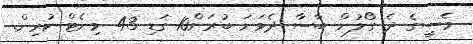
މެސީގެ ދެ ގޯލުން ބާސާ ދެވަނަ ބުރަށް10 ގަޑި 43 މިނެޓް ކުރިން.